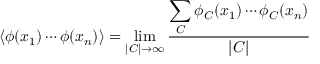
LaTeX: \left\langle \phi ( x _ { 1 } ) \cdots \phi ( x _ { n } ) \right\rangle = \operatorname* { l i m } _ { | C | \rightarrow \infty } { \frac { \displaystyle \sum _ { C } \phi _ { C } ( x _ { 1 } ) \cdots \phi _ { C } ( x _ { n } ) } { | C | } }